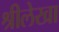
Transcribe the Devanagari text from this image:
श्रीलेखा